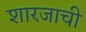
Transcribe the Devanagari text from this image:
शारजाची